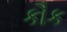
કૌક